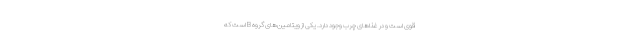
قوی است و در غذاهای چرب وجود دارد. یکی از ویتامین‌های گروه B است که